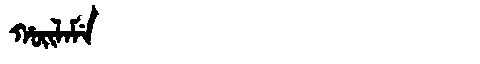
Manchu: ᡥᠣᡳᠯᠠᠮᡝ
Romanization: HOILAME